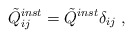
\begin{align*}\tilde{Q}_{ij}^{inst}=\tilde{Q}^{inst} \delta_{ij} \ ,\end{align*}